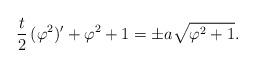
LaTeX: \begin{align*} \frac{t}{2} \,(\varphi ^2)' + \varphi ^2 + 1 = \pm a \sqrt{\varphi ^2 + 1}.\end{align*}